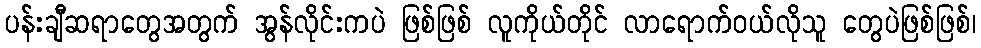
ပန်းချီဆရာတွေအတွက် အွန်လိုင်းကပဲ ဖြစ်ဖြစ် လူကိုယ်တိုင် လာရောက်ဝယ်လိုသူ တွေပဲဖြစ်ဖြစ်၊